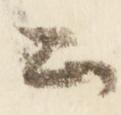
公